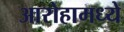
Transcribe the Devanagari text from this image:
आरोहामध्ये